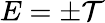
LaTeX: E=\pm\mathcal{T}